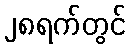
၂၈ရက်တွင်